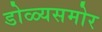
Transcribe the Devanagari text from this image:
डोळ्यसमोर